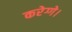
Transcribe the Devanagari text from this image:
करेग्गे।